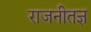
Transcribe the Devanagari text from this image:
राजनीतज्ञ